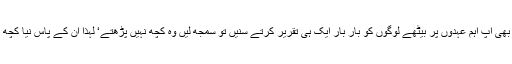
جب بھی آپ اہم عہدوں پر بیٹھے لوگوں کو بار بار ایک ہی تقریر کرتے سنیں تو سمجھ لیں وہ کچھ نہیں پڑھتے‘ لہٰذا ان کے پاس نیا کچھ نہیں۔